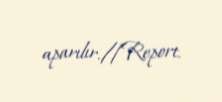
aparılır.//Report.